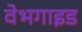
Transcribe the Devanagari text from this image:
वेभगाइड